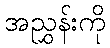
အညွှန်းကို